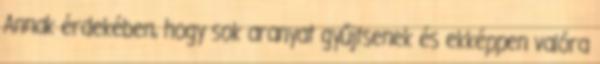
Annak érdekében, hogy sok aranyat gyűjtsenek és ekképpen valóra